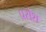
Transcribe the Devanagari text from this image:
प्रसेश